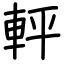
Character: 軯